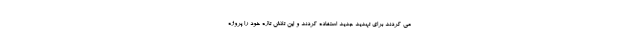
می کردند برای تهدید جدید استفاده کردند و این تلاش تازه خود را پروژه